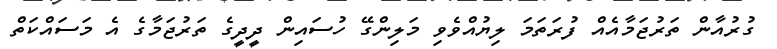
ގުރުއާން ތަރުޖަމާއެއް ފުރަތަމަ ލިޔުއްވެވި މަލިންގޭ ހުސައިން ދީދީގެ ތަރުޖަމާގެ އެ މަސައްކަތް